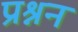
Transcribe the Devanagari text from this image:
प्रश्नन